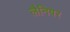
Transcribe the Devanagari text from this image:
लैनियर